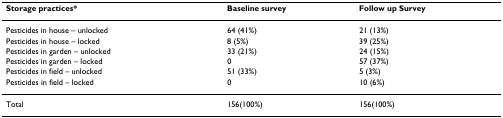
| Storage practices* | Baseline survey | Follow up Survey |
 | --- | --- | --- |
 | Pesticides in house – unlocked | 64 (41%) | 21 (13%) |
 | Pesticides in house – locked | 8 (5%) | 39 (25%) |
 | Pesticides in garden – unlocked | 33 (21%) | 24 (15%) |
 | Pesticides in garden – locked | 0 | 57 (37%) |
 | Pesticides in field – unlocked | 51 (33%) | 5 (3%) |
 | Pesticides in field – locked | 0 | 10 (6%) |
 | Total | 156(100%) | 156(100%) |